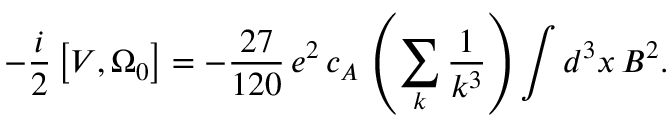
- { \frac { i } { 2 } } \left[ V , \Omega _ { 0 } \right] = - { \frac { 2 7 } { 1 2 0 } } \, e ^ { 2 } \, c _ { A } \, \left( \sum _ { k } { \frac { 1 } { k ^ { 3 } } } \right) \int d ^ { 3 } x \, B ^ { 2 } .